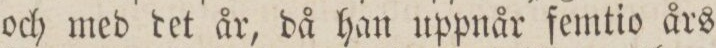
och med det år, då han uppnår femtio års